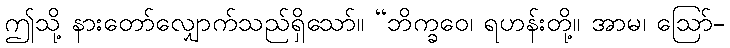
ဤသို့ နားတော်လျှောက်သည်ရှိသော်။ “ဘိက္ခဝေ၊ ရဟန်းတို့။ အာမ၊ ဩော်-